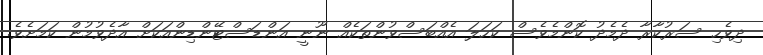
ދިވެހި ސަރުކާރާ ދެމެދު ކޮންމެވެސް ކަހަލަ އެއްބަސްވުންތަކެއް ނޫނީ އަންޑަސްޓޭންޑިންއަކަށް އާދެވުމުން ކަމަށެވެ.